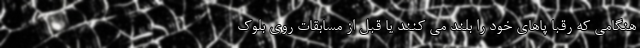
هنگامی که رقبا پاهای خود را بلند می کنند یا قبل از مسابقات روی بلوک